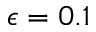
\epsilon = 0 . 1